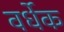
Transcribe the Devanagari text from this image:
वर्धेक